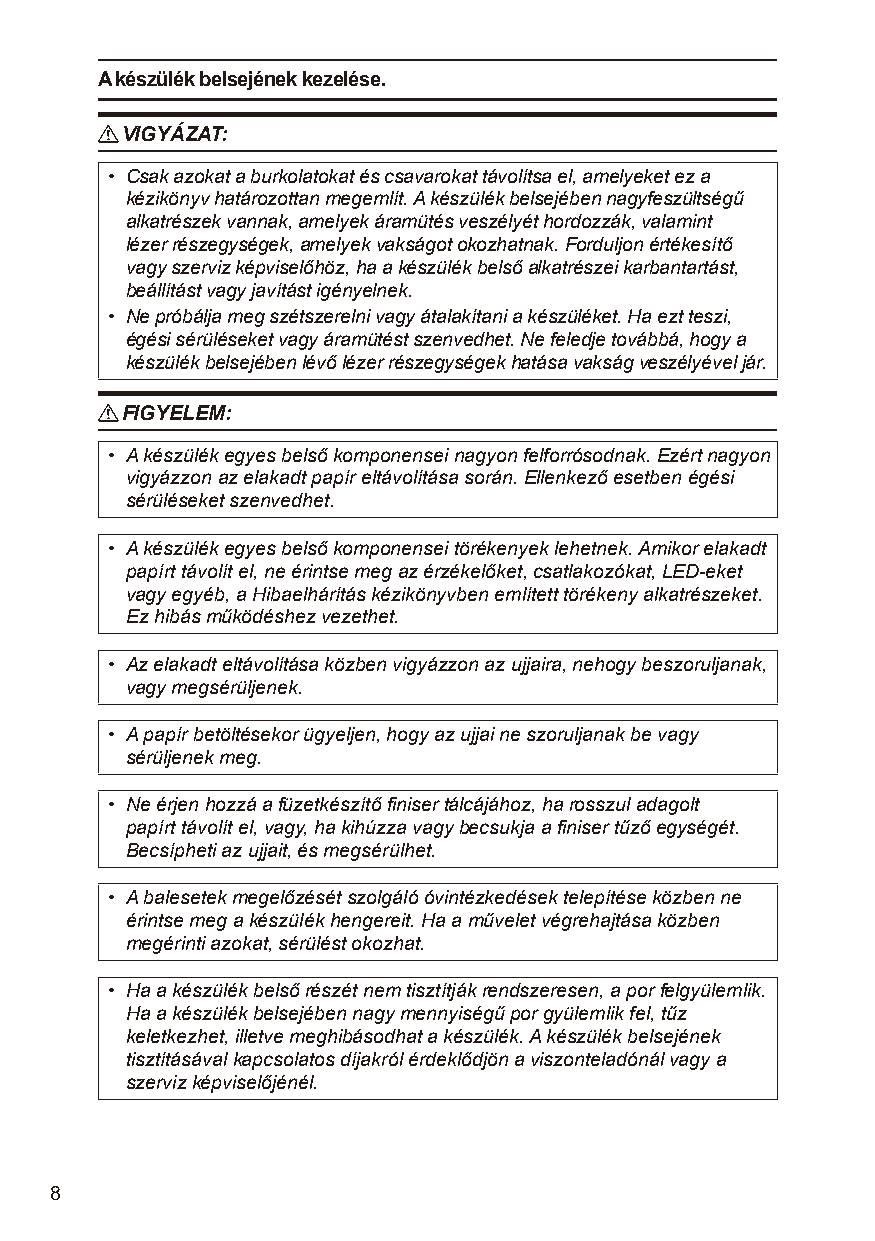
A készülék belsejének kezelése.
 R VIGYÁZAT:
 • Csak azokat a burkolatokat és csavarokat távolítsa el, amelyeket ez a
 kézikönyv határozottan megemlít. A készülék belsejében nagyfeszültségű
 alkatrészek vannak, amelyek áramütés veszélyét hordozzák, valamint
 lézer részegységek, amelyek vakságot okozhatnak. Forduljon értékesítő
 vagy szerviz képviselőhöz, ha a készülék belső alkatrészei karbantartást,
 beállítást vagy javítást igényelnek.
 • Ne próbálja meg szétszerelni vagy átalakítani a készüléket. Ha ezt teszi,
 égési sérüléseket vagy áramütést szenvedhet. Ne feledje továbbá, hogy a
 készülék belsejében lévő lézer részegységek hatása vakság veszélyével jár.
 R FIGYELEM:
 • A készülék egyes belső komponensei nagyon felforrósodnak. Ezért nagyon
 vigyázzon az elakadt papír eltávolítása során. Ellenkező esetben égési
 sérüléseket szenvedhet.
 • A készülék egyes belső komponensei törékenyek lehetnek. Amikor elakadt
 papírt távolít el, ne érintse meg az érzékelőket, csatlakozókat, LED-eket
 vagy egyéb, a Hibaelhárítás kézikönyvben említett törékeny alkatrészeket.
 Ez hibás működéshez vezethet.
 • Az elakadt eltávolítása közben vigyázzon az ujjaira, nehogy beszoruljanak,
 vagy megsérüljenek.
 • A papír betöltésekor ügyeljen, hogy az ujjai ne szoruljanak be vagy
 sérüljenek meg.
 • Ne érjen hozzá a füzetkészítő finiser tálcájához, ha rosszul adagolt
 papírt távolít el, vagy, ha kihúzza vagy becsukja a finiser tűző egységét.
 Becsípheti az ujjait, és megsérülhet.
 • A balesetek megelőzését szolgáló óvintézkedések telepítése közben ne
 érintse meg a készülék hengereit. Ha a művelet végrehajtása közben
 megérinti azokat, sérülést okozhat.
 • Ha a készülék belső részét nem tisztítják rendszeresen, a por felgyülemlik.
 Ha a készülék belsejében nagy mennyiségű por gyülemlik fel, tűz
 keletkezhet, illetve meghibásodhat a készülék. A készülék belsejének
 tisztításával kapcsolatos díjakról érdeklődjön a viszonteladónál vagy a
 szerviz képviselőjénél.
 8